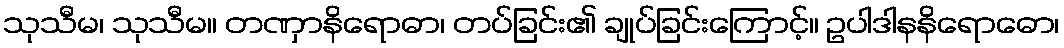
သုသီမ၊ သုသီမ။ တဏှာနိရောဓာ၊ တပ်ခြင်း၏ ချုပ်ခြင်းကြောင့်။ ဥပါဒါနနိရောဓော၊